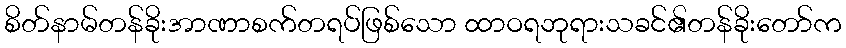
စိတ်နာမ်တန်ခိုးအာဏာစက်တရပ်ဖြစ်သော ထာဝရဘုရားသခင်၏တန်ခိုးတော်က